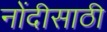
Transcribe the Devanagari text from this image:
नोंदीसाठी